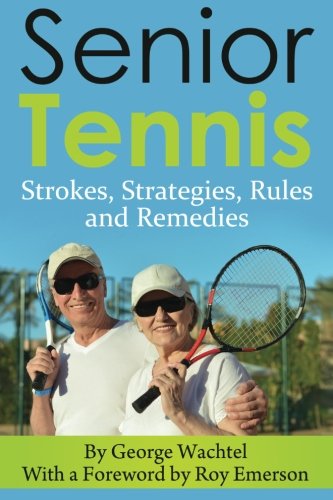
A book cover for Senior Tennis: Strokes, Strategies, Rules and Remedies; mr. George Wachtel; Sports & Outdoors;